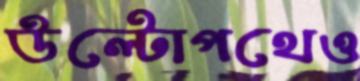
উল্টোপথেও